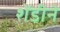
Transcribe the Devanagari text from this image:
शेंडीने